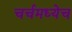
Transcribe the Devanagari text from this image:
चर्चमध्येच